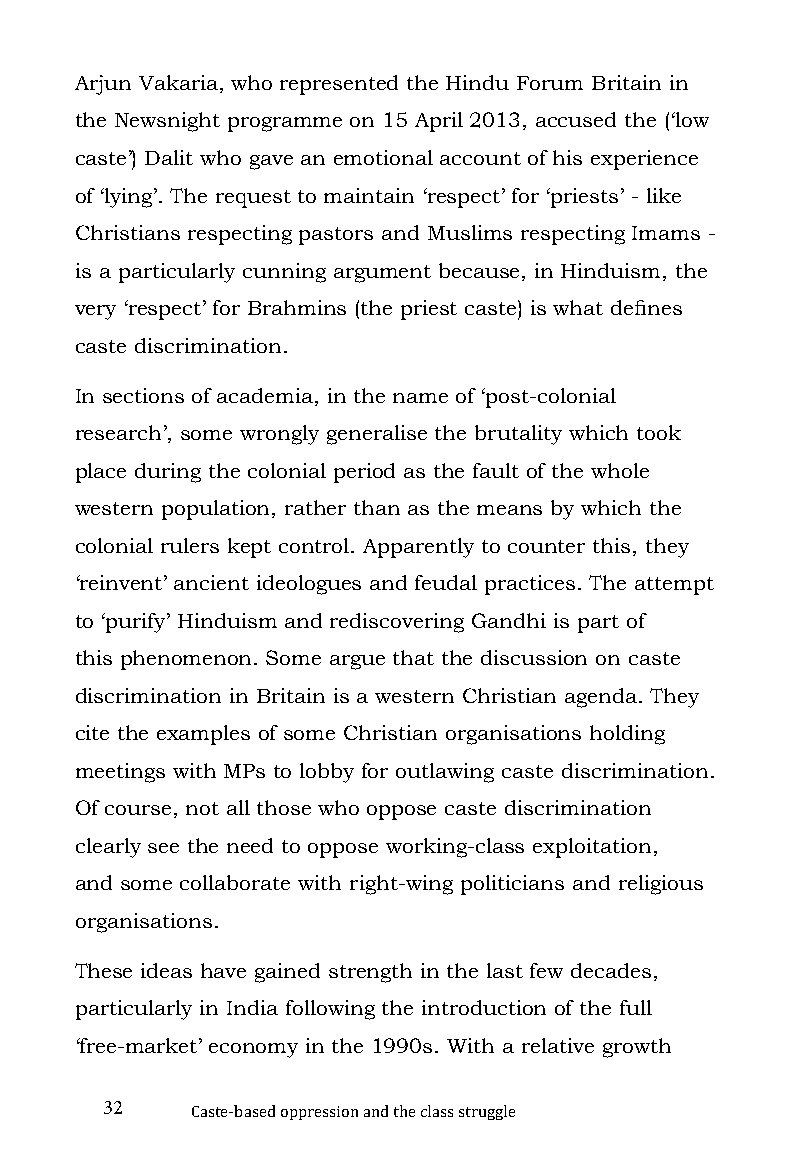
Arjun Vakaria, who represented the Hindu Forum Britain in
 the Newsnight programme on 15 April 2013, accused the (‘low
 caste’) Dalit who gave an emotional account of his experience
 of ‘lying’. The request to maintain ‘respect’ for ‘priests’ - like
 Christians respecting pastors and Muslims respecting Imams -
 is a particularly cunning argument because, in Hinduism, the
 very ‘respect’ for Brahmins (the priest caste) is what defines
 caste discrimination.
 In sections of academia, in the name of ‘post-colonial
 research’, some wrongly generalise the brutality which took
 place during the colonial period as the fault of the whole
 western population, rather than as the means by which the
 colonial rulers kept control. Apparently to counter this, they
 ‘reinvent’ ancient ideologues and feudal practices. The attempt
 to ‘purify’ Hinduism and rediscovering Gandhi is part of
 this phenomenon. Some argue that the discussion on caste
 discrimination in Britain is a western Christian agenda. They
 cite the examples of some Christian organisations holding
 meetings with MPs to lobby for outlawing caste discrimination.
 Of course, not all those who oppose caste discrimination
 clearly see the need to oppose working-class exploitation,
 and some collaborate with right-wing politicians and religious
 organisations.
 These ideas have gained strength in the last few decades,
 particularly in India following the introduction of the full
 ‘free-market’ economy in the 1990s. With a relative growth
 32
 Caste-based oppression and the class struggle